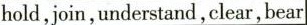
hld, join, understand, clear, bear